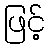
ဖြင့်